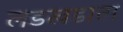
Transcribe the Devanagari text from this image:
लडखडाता